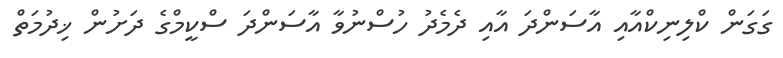
ގަގަން ކްލިނިކްއާއި އާސަންދަ އާއި ދެމެދު ހުސްނުވާ އާސަންދަ ސްކީމްގެ ދަށުން ޚިދުމަތް